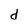
Character: d